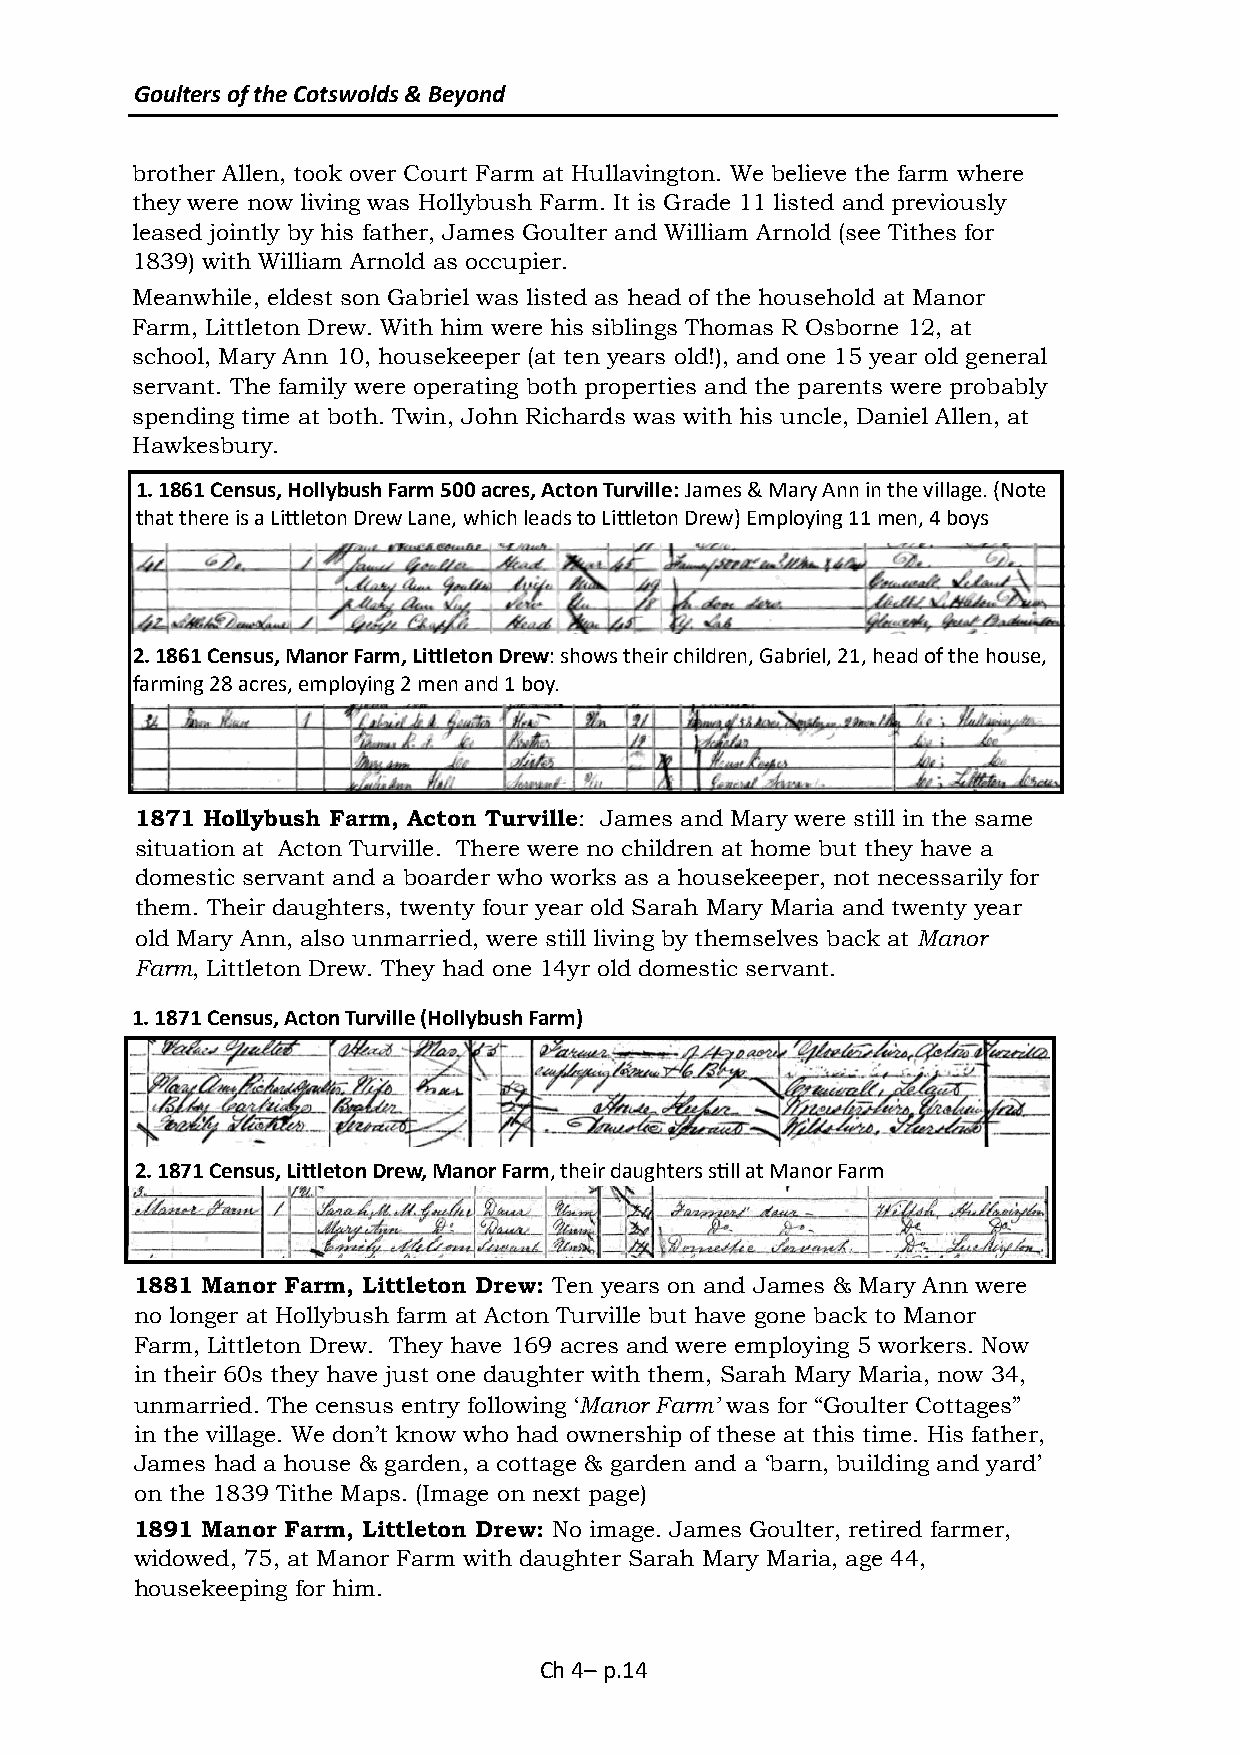
Goulters of the Cotswolds & Beyond
 brother Allen, took over Court Farm at Hullavington. We believe the farm where
 they were now living was Hollybush Farm. It is Grade 11 listed and previously
 leased jointly by his father, James Goulter and William Arnold (see Tithes for
 1839) with William Arnold as occupier.
 Meanwhile, eldest son Gabriel was listed as head of the household at Manor
 Farm, Littleton Drew. With him were his siblings Thomas R Osborne 12, at
 school, Mary Ann 10, housekeeper (at ten years old!), and one 15 year old general
 servant. The family were operating both properties and the parents were probably
 spending time at both. Twin, John Richards was with his uncle, Daniel Allen, at
 Hawkesbury.
 1. 1861 Census, Hollybush Farm 500 acres, Acton Turville: James & Mary Ann in the village. (Note
 that there is a Littleton Drew Lane, which leads to Littleton Drew) Employing 11 men, 4 boys
 2. 1861 Census, Manor Farm, Littleton Drew: shows their children, Gabriel, 21, head of the house,
 farming 28 acres, employing 2 men and 1 boy.
 1871 Hollybush Farm, Acton Turville: James and Mary were still in the same
 situation at Acton Turville. There were no children at home but they have a
 domestic servant and a boarder who works as a housekeeper, not necessarily for
 them. Their daughters, twenty four year old Sarah Mary Maria and twenty year
 old Mary Ann, also unmarried, were still living by themselves back at Manor
 Farm, Littleton Drew. They had one 14yr old domestic servant.
 1. 1871 Census, Acton Turville (Hollybush Farm)
 2. 1871 Census, Littleton Drew, Manor Farm, their daughters still at Manor Farm
 1881 Manor Farm, Littleton Drew: Ten years on and James & Mary Ann were
 no longer at Hollybush farm at Acton Turville but have gone back to Manor
 Farm, Littleton Drew. They have 169 acres and were employing 5 workers. Now
 in their 60s they have just one daughter with them, Sarah Mary Maria, now 34,
 unmarried. The census entry following ‘Manor Farm’ was for “Goulter Cottages”
 in the village. We don’t know who had ownership of these at this time. His father,
 James had a house & garden, a cottage & garden and a ‘barn, building and yard’
 on the 1839 Tithe Maps. (Image on next page)
 1891 Manor Farm, Littleton Drew: No image. James Goulter, retired farmer,
 widowed, 75, at Manor Farm with daughter Sarah Mary Maria, age 44,
 housekeeping for him.
 Ch 4– p.14